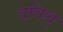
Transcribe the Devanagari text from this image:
दविथ्